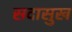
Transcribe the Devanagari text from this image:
सदासुख